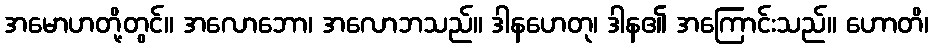
အမောဟတို့တွင်။ အလောဘော၊ အလောဘသည်။ ဒါနဟေတု၊ ဒါန၏ အကြောင်းသည်။ ဟောတိ၊